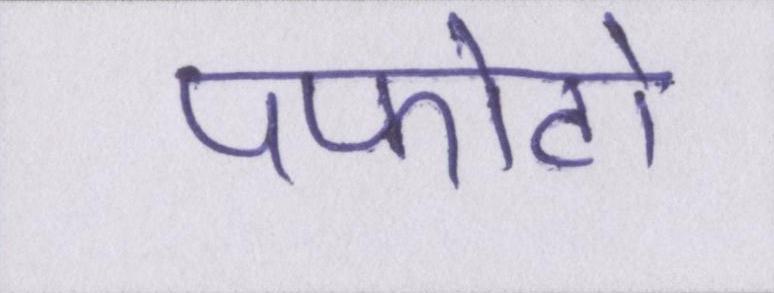
पफोटो